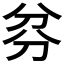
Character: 𠔑